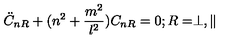
\ddot { C } _ { n R } + ( n ^ { 2 } + \frac { m ^ { 2 } } { l ^ { 2 } } ) C _ { n R } = 0 ; R = \perp , \parallel